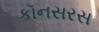
કૉનસરસ